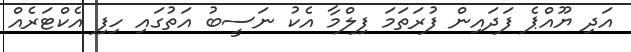
އަދި ޔޫއްޕެ ފަދައިން ފުރަތަމަ ފިލްމާ އެކު ނަސީބު އަތުގައި ހިފި އެކްޓަރެއް